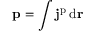
\mathbf { p } = \int \mathbf { j } ^ { \mathrm { p } } \, \mathrm { d } \mathbf { r }